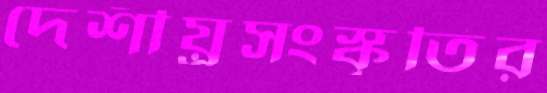
দেশীয়্রসংস্কৃতির